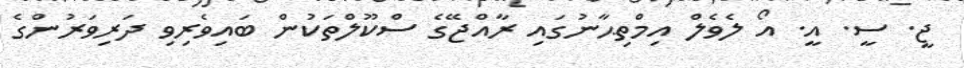
ޖީ. ސީ. އީ. އޯ ލެވެލް އިމްތިޙާނުގައި ރާއްޖޭގެ ސްކޫލްތަކުން ބައިވެރިވި ދަރިވަރުންގެ